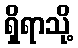
ရှိရာသို့